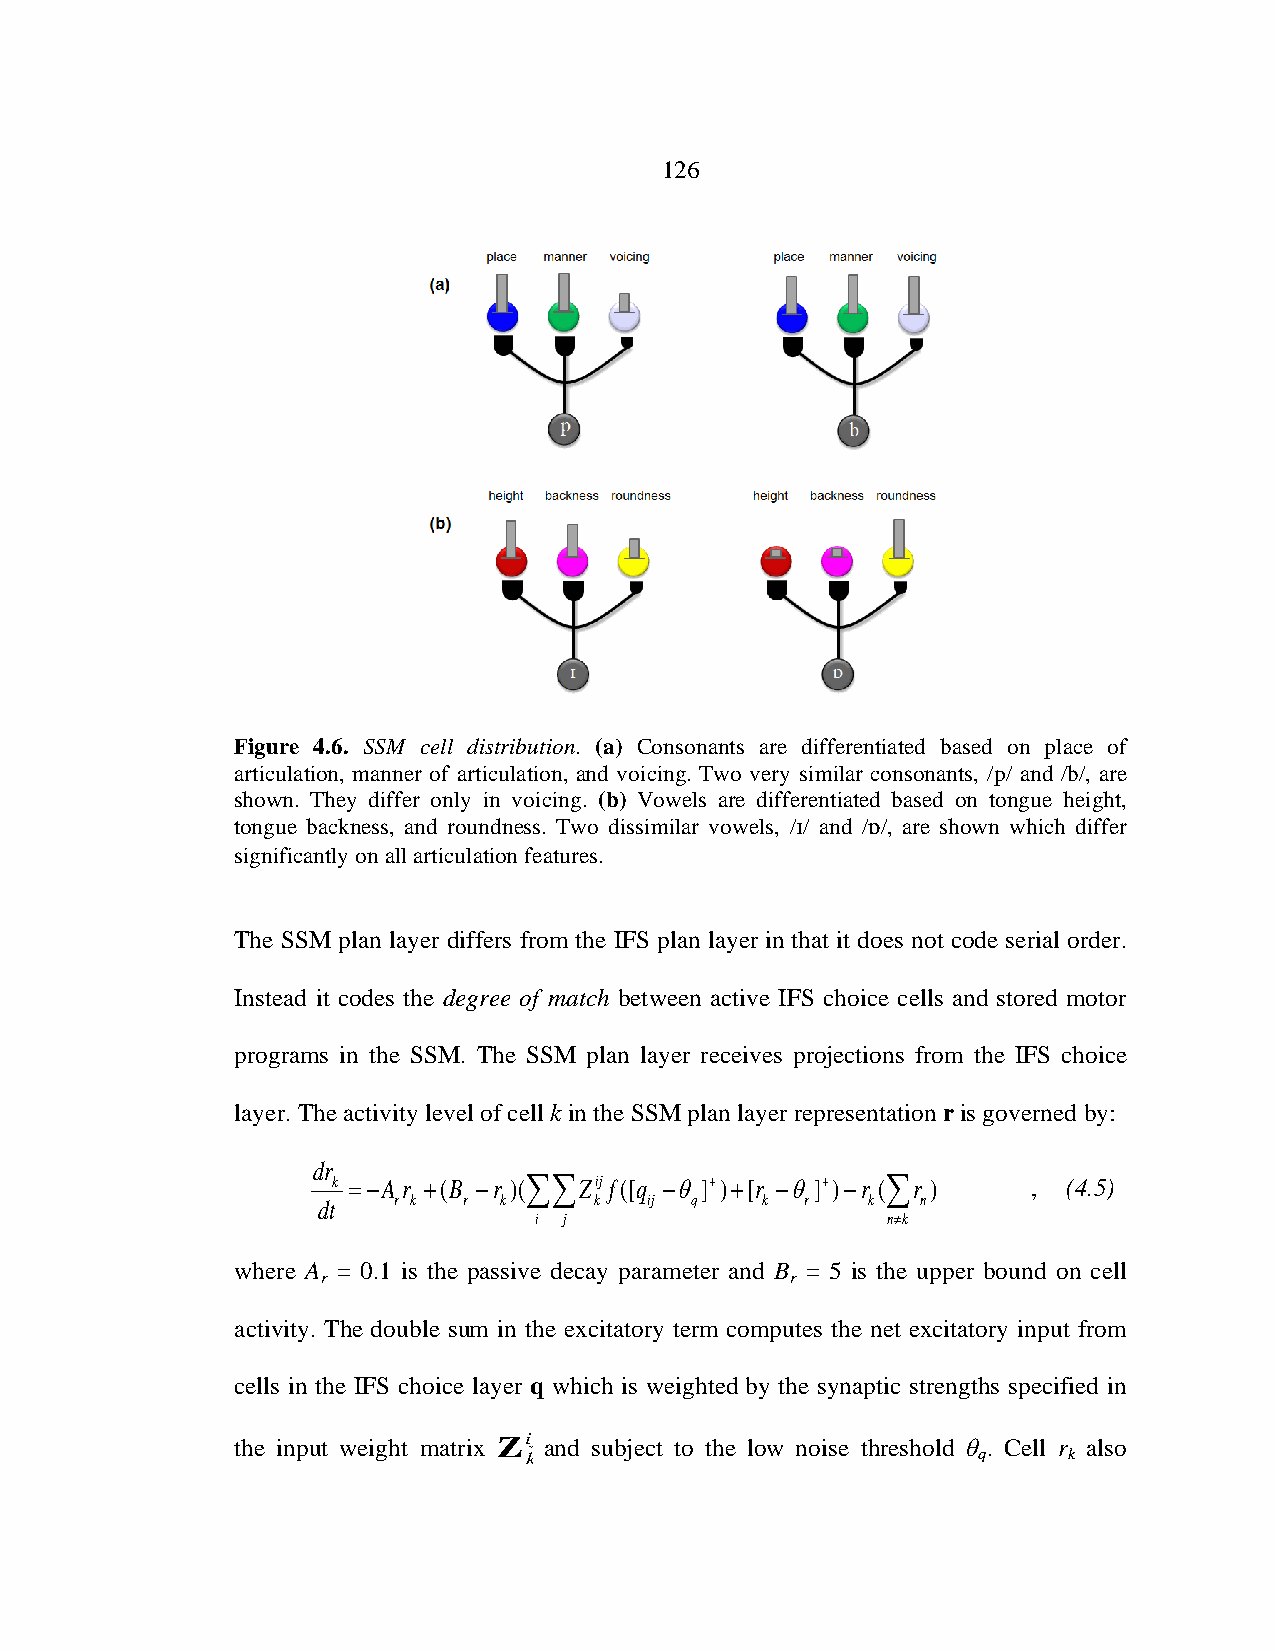
126
 Figure 4.6. SSM cell distribution. (a) Consonants are differentiated based on place of
 articulation, manner of articulation, and voicing. Two very similar consonants, /p/ and /b/, are
 shown. They differ only in voicing. (b) Vowels are differentiated based on tongue height,
 tongue backness, and roundness. Two dissimilar vowels, // and //, are shown which differ
 significantly on all articulation features.
 The SSM plan layer differs from the IFS plan layer in that it does not code serial order.
 Instead it codes the degree of match between active IFS choice cells and stored motor
 programs in the SSM. The SSM plan layer receives projections from the IFS choice
 layer. The activity level of cell k in the SSM plan layer representation r is governed by:
 dr
 k =−A r +(B −r )(∑∑Zij f([q −θ ]+)+[r −θ]+)−r (∑r ) , (4.5)
 dt   r k  r k     k   ij q   k  r   k   n
 i j                     n≠k
 where A = 0.1 is the passive decay parameter and B = 5 is the upper bound on cell
 r                              r
 activity. The double sum in the excitatory term computes the net excitatory input from
 cells in the IFS choice layer q which is weighted by the synaptic strengths specified in
 the input weight matrix Zij and subject to the low noise threshold θ . Cell r also
 k                             q     k